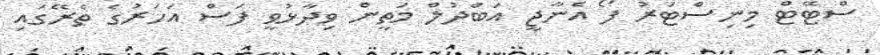
ސްޓޭޓް މިނިސްޓަރު ފޯ އެނާޖީ އަބްދުލް މަތީން ވިދާޅުވީ ފަސް އަހަރުގެ ތެރޭގައި